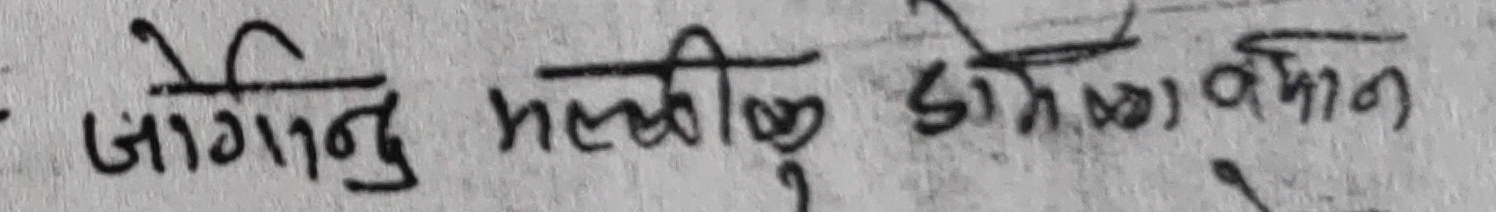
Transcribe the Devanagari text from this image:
जोगिनु मल्लिष्ट डोक्सा वडाळ